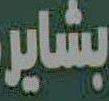
بشاير